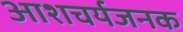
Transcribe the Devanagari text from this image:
आशचर्यजनक